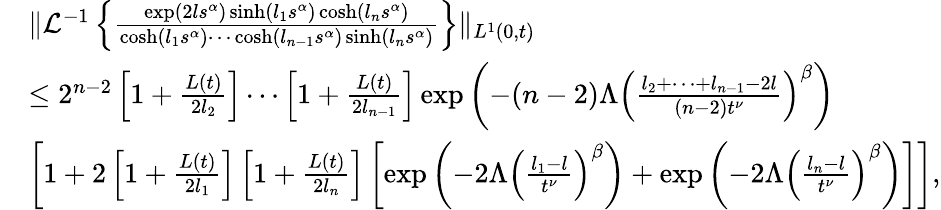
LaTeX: \begin{array}{rl}&{\| \mathcal{L}^{-1}\left\{ \frac{\exp(2ls^{\alpha})\sinh(l_{1}s^{\alpha})\cosh(l_{n}s^{\alpha})}{\cosh(l_{1}s^{\alpha})\cdots\cosh(l_{n-1}s^{\alpha})\sinh(l_{n}s^{\alpha})}\right\} \| _{L^{1}(0,t)}}\\ &{\leq 2^{n-2}\left[1+\frac{L(t)}{2l_{2}}\right]\cdots\left[1+\frac{L(t)}{2l_{n-1}}\right]\exp\left(-(n-2)\Lambda\left(\frac{l_{2}+\cdots+l_{n-1}-2l}{(n-2)t^{\nu}}\right)^{\beta}\right)}\\ &{\left[1+2\left[1+\frac{L(t)}{2l_{1}}\right]\left[1+\frac{L(t)}{2l_{n}}\right]\left[\exp\left(-2\Lambda\left(\frac{l_{1}-l}{t^{\nu}}\right)^{\beta}\right)+\exp\left(-2\Lambda\left(\frac{l_{n}-l}{t^{\nu}}\right)^{\beta}\right)\right]\right],}\end{array}